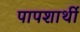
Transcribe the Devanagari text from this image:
पापशार्थी